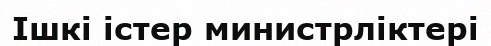
Ішкі істер министрліктері